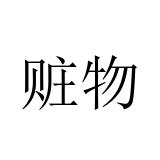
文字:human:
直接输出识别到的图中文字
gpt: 赃物